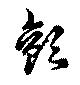
顫